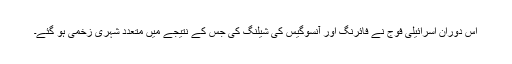
اس دوران اسرائیلی فوج نے فائرنگ اور آنسوگیس کی شیلنگ کی جس کے نتیجے میں متعدد شہری زخمی ہو گئے۔